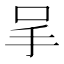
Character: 𠰅